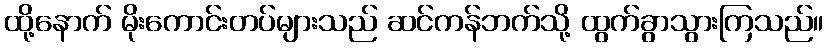
ထို့နောက် မိုးကောင်းတပ်များသည် ဆင်ကန်ဘက်သို့ ထွက်ခွာသွားကြသည်။